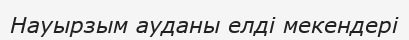
Науырзым ауданы елді мекендері